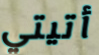
أتيتي